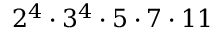
2 ^ { 4 } \cdot 3 ^ { 4 } \cdot 5 \cdot 7 \cdot 1 1